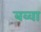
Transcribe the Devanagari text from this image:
बव्वा